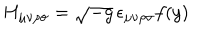
H _ { \mu \nu \rho \sigma } = \sqrt { - g } \, \epsilon _ { \mu \nu \rho \sigma } f ( y )